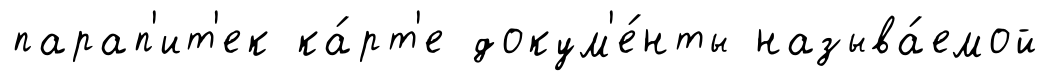
парап'ит'ек ка́рт'е докум'е́нты называ́емой